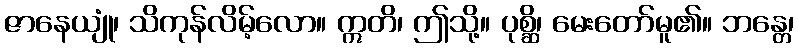
ဇာနေယျုံ၊ သိကုန်လိမ့်လော။ ဣတိ၊ ဤသို့။ ပုစ္ဆိ၊ မေးတော်မူ၏။ ဘန္တေ၊